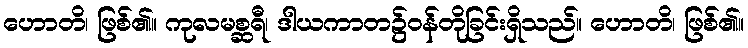
ဟောတိ၊ ဖြစ်၏။ ကုလမစ္ဆရီ၊ ဒါယကာတ၌ဝန်တိုခြင်းရှိသည်။ ဟောတိ၊ ဖြစ်၏။